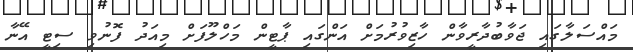
މައްސަލާގައި ޖަވާބުދާރީވާން ހާޒިވުރުމަށް އަންގައި ޕާޓީން މަހްލޫފަށް މިއަދު ފޮނުވި ސިޓީ އޭނާ